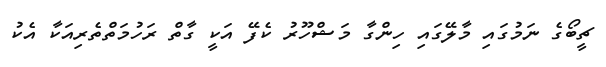
ޗީބޯގެ ނަމުގައި މާލޭގައި ހިންގާ މަޝްހޫރު ކެފޭ އަކީ ގާތް ރަހުމަތްތެރިއަކާ އެކު